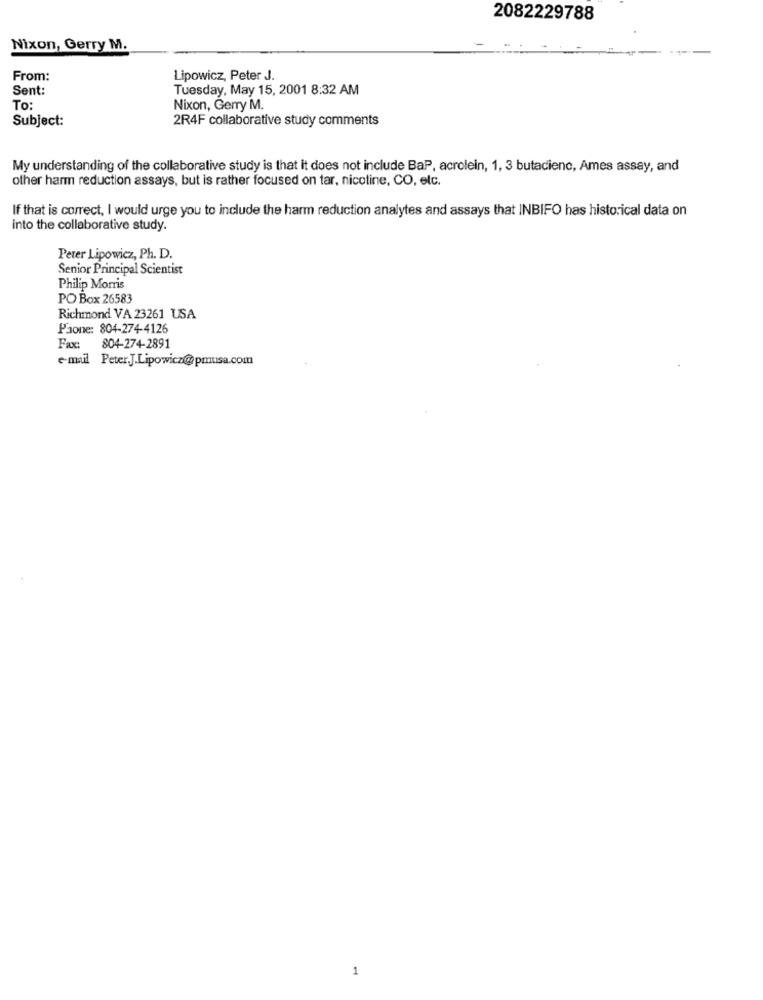
2082229788
Nixon, Gerry M.
From:
Lipowicz, Peter J.
Sent:
Tuesday, May 15, 2001 8:32 AM
To:
Nixon, Gerry M.
Subject:
2R4F collaborative study comments
My understanding of the collaborative study is that it does not include BaP, acrolein, 1, 3 butadienc, Ames assay, and
other harm reduction assays, but is rather focused on tar, nicotine, CO, etc.
If that is correct, I would urge you to include the harm reduction analytes and assays that INBIFO has historical data on
into the collaborative study.
Peter Lipowicz, Ph. D.
Senior Principal Scientist
Philip Morris
PO Box 26583
Richmond VA 23261 USA
Paone: 804-274-4126
Fax: 804-274-2891
e-mail Peter.J.Lipowicz@pmusa.com
1